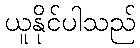
ယူနိုင်ပါသည်